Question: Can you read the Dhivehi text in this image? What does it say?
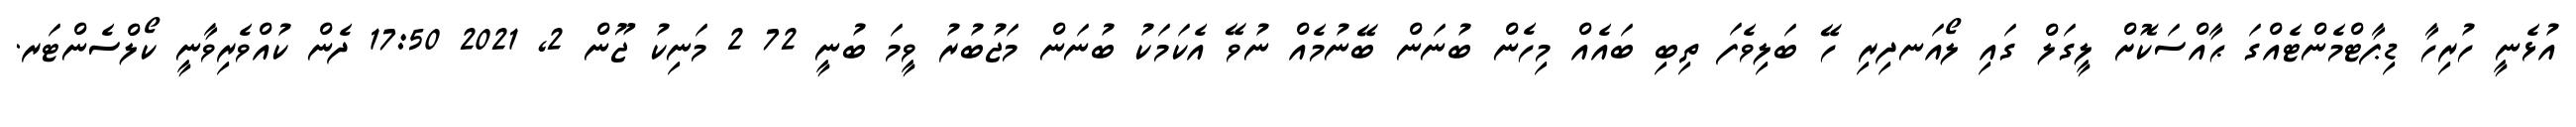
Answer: އުޅެނީ ހުރިހާ ޑިޕާޓްމެންޓެއްގަ ޙާއްސަކޮށް ލީގަލް ގައި ލޯއަނދިރި ހޭ ބަލިވެފަ ތިބި ބައެއް މިހެން ބުނަން ބޭނުމެއް ނުވޭ އެކަމަކު ބުނަން މަޖުބުރު ވީމަ ބުނީ 72 2 މަނިކު ޖޫން 2, 2021 17:50 ދެން ކުއްވެރިވާނީ ކޯލްސެންޓަރ.